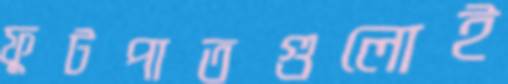
ফুটপাতগুলোই